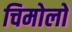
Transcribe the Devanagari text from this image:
चिमोलो